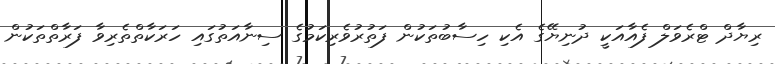
ރިޔާދް ޓްރެވަލް ފެއާއަކީ ދުނިޔޭގެ އެކި ހިސާބުތަކުން ފަތުރުވެރިކަމުގެ ސިނާއަތުގައި ހަރަކާތްތެރިވާ ފަރާތްތަކުން